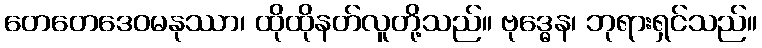
တေတေဒေဝမနုဿာ၊ ထိုထိုနတ်လူတို့သည်။ ဗုဒ္ဓေန၊ ဘုရားရှင်သည်။